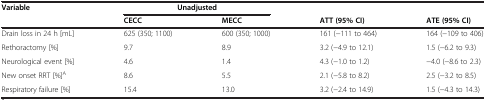
<table><thead><tr><td><b>Variable</b></td><td colspan="2"><b>Unadjusted</b></td><td><b> </b></td><td><b> </b></td></tr><tr><td><b> </b></td><td><b>CECC</b></td><td><b>MECC</b></td><td><b>ATT (95% CI)</b></td><td><b>ATE (95% CI)</b></td></tr></thead><tbody><tr><td>Drain loss in 24 h [mL]</td><td>625 (350; 1100)</td><td>600 (350; 1000)</td><td>161 (−111 to 464)</td><td>164 (−109 to 406)</td></tr><tr><td>Rethoractomy [%]</td><td>9.7</td><td>8.9</td><td>3.2 (−4.9 to 12.1)</td><td>1.5 (−6.2 to 9.3)</td></tr><tr><td>Neurological event [%]</td><td>4.6</td><td>1.4</td><td>4.3 (−1.0 to 1.2)</td><td>−4.0 (−8.6 to 2.3)</td></tr><tr><td>New onset RRT [%]<sup>A</sup></td><td>8.6</td><td>5.5</td><td>2.1 (−5.8 to 8.2)</td><td>2.5 (−3.2 to 8.5)</td></tr><tr><td>Respiratory failure [%]</td><td>15.4</td><td>13.0</td><td>3.2 (−2.4 to 14.9)</td><td>1.5 (−4.3 to 14.3)</td></tr></tbody></table>